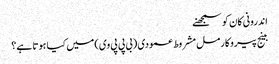
اندرونی کان کو سمجھنے
بینج پیروکارمل مشروط عمودی (بی پی پی وی) میں کیا ہوتا ہے؟